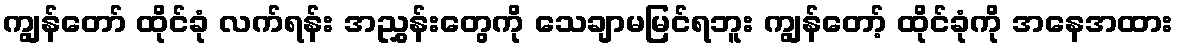
ကျွန်တော် ထိုင်ခုံ လက်ရန်း အညွှန်းတွေကို သေချာမမြင်ရဘူး ကျွန်တော့် ထိုင်ခုံကို အနေအထား